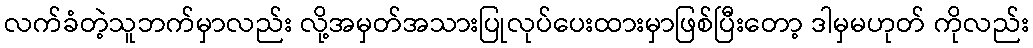
လက်ခံတဲ့သူဘက်မှာလည်း လို့အမှတ်အသားပြုလုပ်ပေးထားမှာဖြစ်ပြီးတော့ ဒါမှမဟုတ် ကိုလည်း